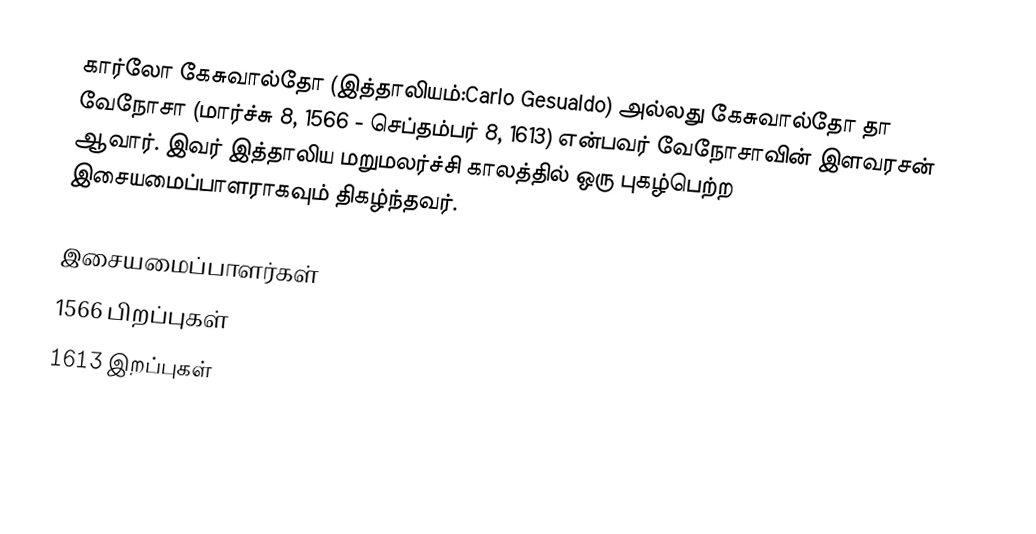
கார்லோ கேசுவால்தோ (இத்தாலியம்:Carlo Gesualdo) அல்லது கேசுவால்தோ தா வேநோசா (மார்ச்சு 8, 1566 - செப்தம்பர் 8, 1613) என்பவர் வேநோசாவின் இளவரசன் ஆவார். இவர் இத்தாலிய மறுமலர்ச்சி காலத்தில் ஒரு புகழ்பெற்ற இசையமைப்பாளராகவும் திகழ்ந்தவர்.

இசையமைப்பாளர்கள்
1566 பிறப்புகள்
1613 இறப்புகள்